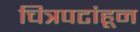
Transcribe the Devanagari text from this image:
चित्रपटांहून